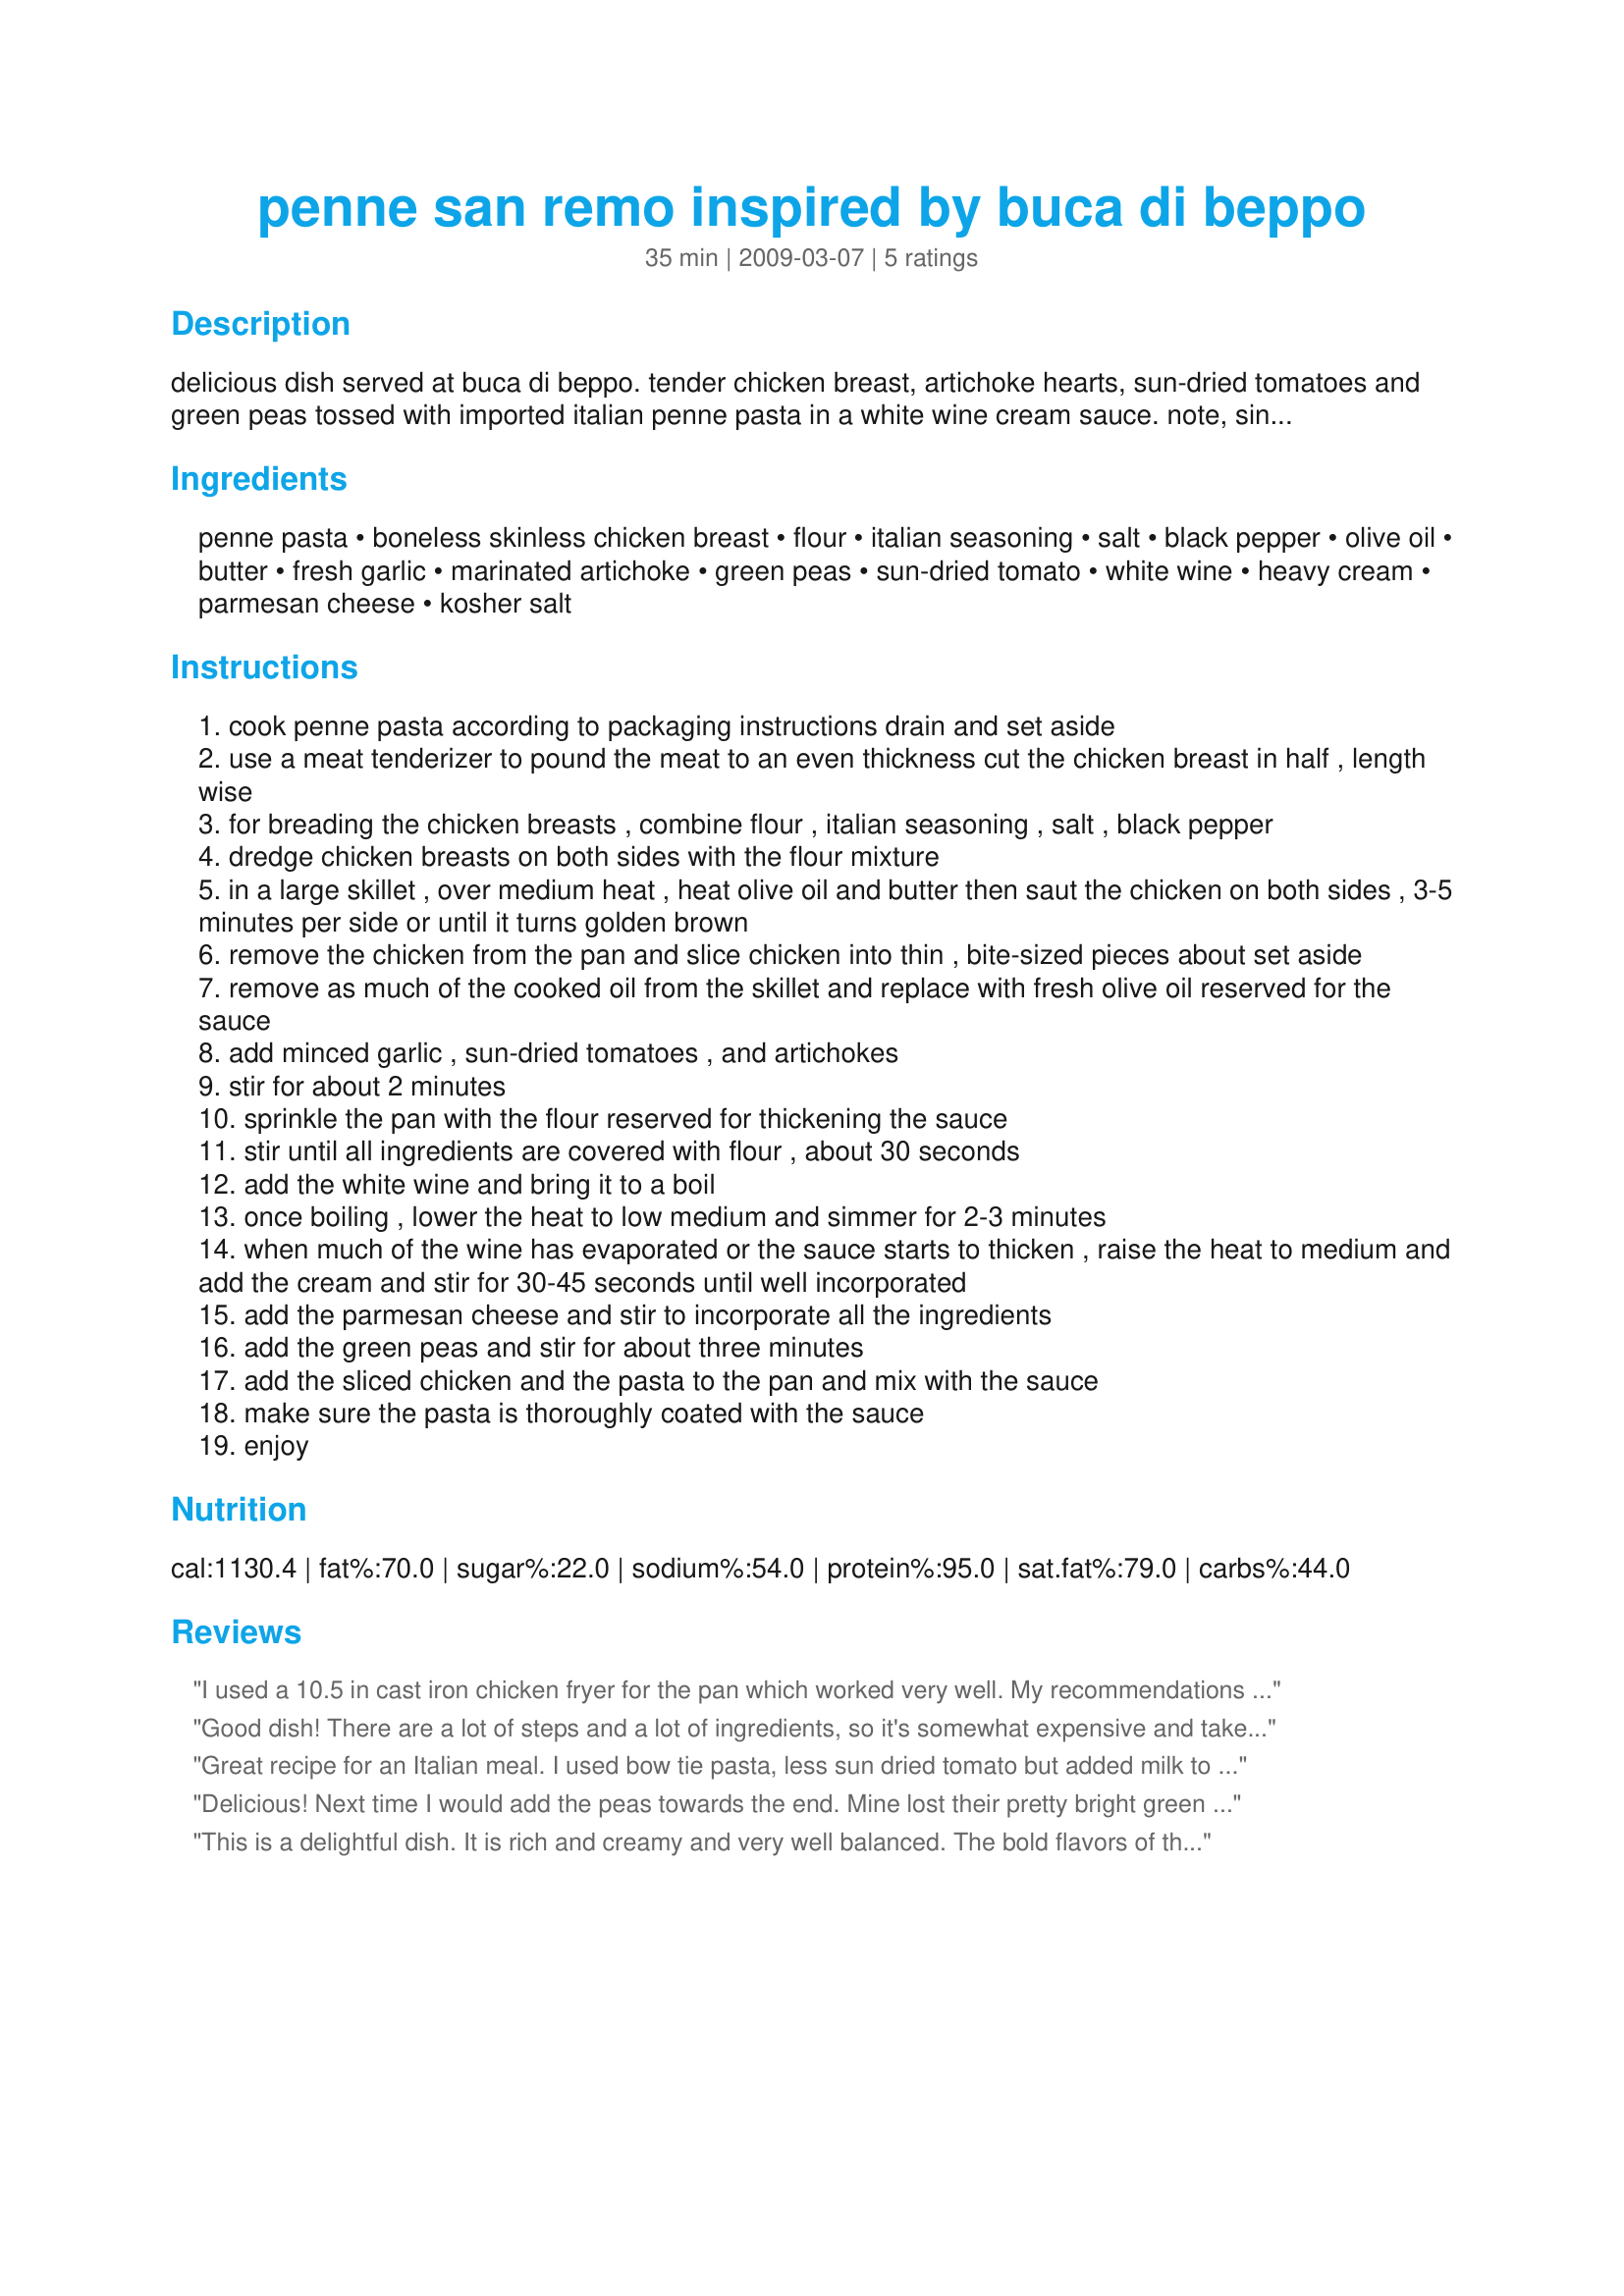
penne san remo inspired by buca di beppo
Preparation time: 35 minutes

delicious dish served at buca di beppo. tender chicken breast, artichoke hearts, sun-dried tomatoes and green peas tossed with imported italian penne pasta in a white wine cream sauce.

note, since buca is a restaurant, they use pre-made alfredo sauce, and pre-cooked, breaded chicken breasts. this recipe reflects a more traditional, home-style cooking as opposed to a streamlined restaurant approach. also at buca, the chicken is added earlier in the cooking process (along with the artichokes and the sun-dried tomatoes.) they can do this because they use pre-made alfredo sauce. this recipe involves making the alfredo sauce, or white-wine cream sauce from scratch. the chicken is cooked separately (before) then added to the sauce at a later step so that the chicken retains some crispiness.

Ingredients:
penne pasta, boneless skinless chicken breast, flour, italian seasoning, salt, black pepper, olive oil, butter, fresh garlic, marinated artichoke, green peas, sun-dried tomato, white wine, heavy cream, parmesan cheese, kosher salt

Steps:
cook penne pasta according to packaging instructions drain and set aside
use a meat tenderizer to pound the meat to an even thickness cut the chicken breast in half , length wise
for breading the chicken breasts , combine flour , italian seasoning , salt , black pepper
dredge chicken breasts on both sides with the flour mixture
in a large skillet , over medium heat , heat olive oil and butter then saut the chicken on both sides , 3-5 minutes per side or until it turns golden brown
remove the chicken from the pan and slice chicken into thin , bite-sized pieces about set aside
remove as much of the cooked oil from the skillet and replace with fresh olive oil reserved for the sauce
add minced garlic , sun-dried tomatoes , and artichokes
stir for about 2 minutes
sprinkle the pan with the flour reserved for thickening the sauce
stir until all ingredients are covered with flour , about 30 seconds
add the white wine and bring it to a boil
once boiling , lower the heat to low medium and simmer for 2-3 minutes
when much of the wine has evaporated or the sauce starts to thicken , raise the heat to medium and add the cream and stir for 30-45 seconds until well incorporated
add the parmesan cheese and stir to incorporate all the ingredients
add the green peas and stir for about three minutes
add the sliced chicken and the pasta to the pan and mix with the sauce
make sure the pasta is thoroughly coated with the sauce
enjoy

Reviews:
I used a 10.5 in cast iron chicken fryer for the pan which worked very well. My recommendations are; Measure the flour to be added to the sauce before you are making it as the sauce cooks very quickly, Rinse the the sun dried tomatoes if canned as the oil will change the color and texture of your sauce.
Made this recipe for a family dinner which fed eight people. Goes very well with some homemade bread.
Good dish! There are a lot of steps and a lot of ingredients, so it's somewhat expensive and takes a while to prepare, but the end product is very tasty, and if you're only cooking for two, you'll definitely have enough left over for a second meal. Fancy enough to impress a date, yet big enough to feed a family.
Great recipe for an Italian meal. I used bow tie pasta, less sun dried tomato but added milk to have more sauce. Loved it and will have it many times. The artichokes really added to the flavor with the garlic and I added mushroom rather than peas. The chicken was so tender and nice. I used Reisling for the wine and was great. Made half a recipe for the two of us, DH finished it with no problem.
Delicious! Next time I would add the peas towards the end. Mine lost their pretty bright green color. I would also add 2 jars of artichoke hearts. I thought 1 might be close to 3/4 cup, but I would have liked more. Other than that, everything was perfect! I don't have a Buca di Beppo near me, but I will be enjoying this dish at home!
This is a delightful dish. It is rich and creamy and very well balanced. The bold flavors of the marinated artichoke, sun-dried tomatoes, and garlic blend so well with the seasoned pan-browned chicken, the cream, the delicate green peas, and white wine. The green peas and the sun-dried tomatoes give the dish a vibrant contrasting color and a striking appearance. You can taste every component individually as you savor their synergy in combination.

This is a memorable dish fit for cherished guests, yet it is simple enough to whip up for a casual family meal. Pair it with some homemade thin crust pizza for appetizers and a green salad and it easily serves five or six people.

I used Pinot Grigio for the white wine, and it was perfect. I can't help but wonder how a slightly sweeter wine, maybe a Soave, might do for this dish. I think it would complement the creaminess of the dish.

I stayed pretty much true to the recipe, although I didn't precisely measure every ingredient. I used a bit too much flour and had to add a bit more cream to compensate and to get the consistency where I wanted it. And being cajun, I could not help but add 1/4 tsp of Cayenne pepper and 1/4 tsp of white pepper. Sorry about that. The dish certainly doesn't need it, it's just my love of cayenne needing satisfaction.

Let me tell you how I came upon Chef VInce Ang's Penne San Remo recipe. I recently visited Buca di Beppo and ordered their version of this dish. I was so impressed with it that I decided to see if I could find any hints online to help me make a similar dish. I am so happy I found this most exquisite example!

Thank you Chef Vince Ang. I love your recipe. It's a winner. The way you prepare the chicken makes it much better (more flavorful, and with better consistency) than the over-marinated salty/mushy chicken in the Buca di Beppo dish that inspired your creation.

To anyone else considering this recipe, you have my hearty recommendation. Try it, and you won't be disappointed.
